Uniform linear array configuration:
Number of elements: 64
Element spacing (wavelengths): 1
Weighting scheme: exponential
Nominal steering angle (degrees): -15
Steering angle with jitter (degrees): -14.834
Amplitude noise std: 0.05
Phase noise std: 0.05

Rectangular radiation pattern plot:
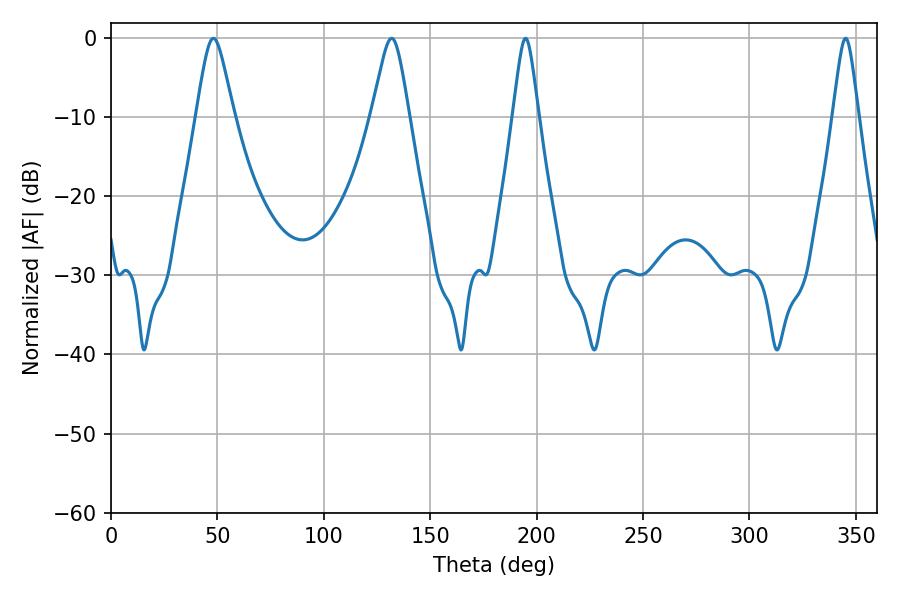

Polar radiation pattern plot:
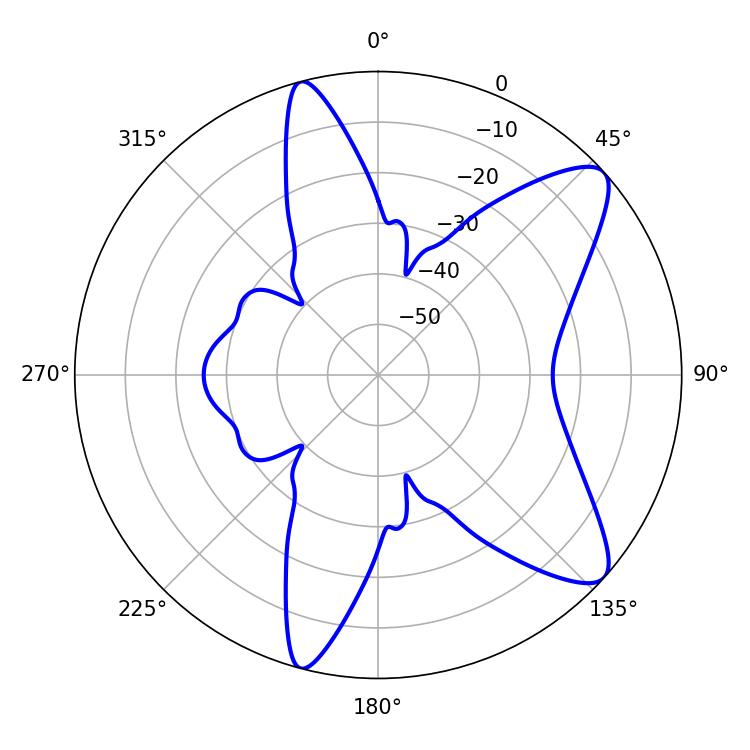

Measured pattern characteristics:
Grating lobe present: TRUE
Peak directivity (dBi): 9.839
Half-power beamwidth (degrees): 5.76
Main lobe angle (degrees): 194.76